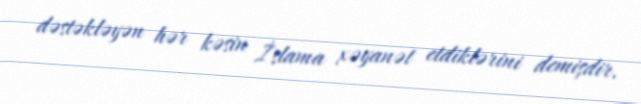
dəstəkləyən hər kəsin İslama xəyanət etdiklərini demişdir.